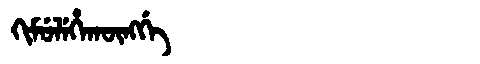
Manchu: ᡴᡳᠮᡠᠯᡝᡥᠠᡴᡡᠩᡤᡝ
Romanization: KIMULEHAKŪNGGE